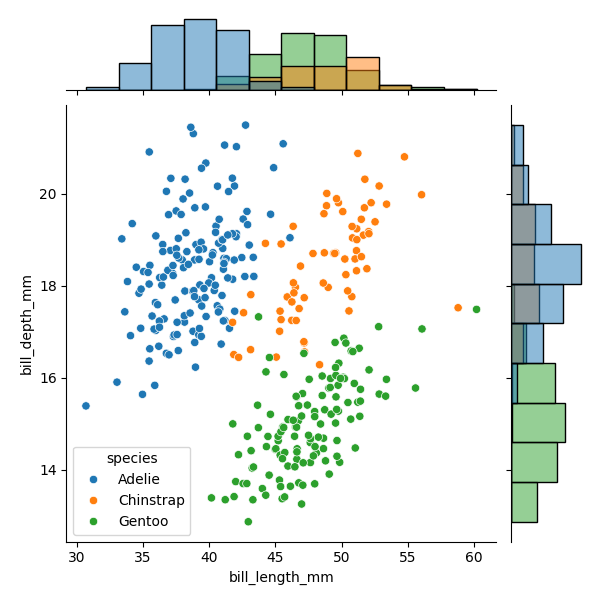
python, seaborn, JointGrid, scatterplot, histplot, hue